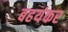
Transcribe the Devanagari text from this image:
बहयंकर